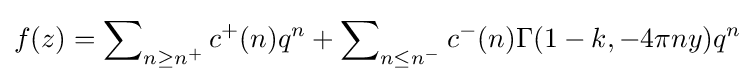
f(z)=\sum \nolimits _{n\geq n^{+}}c^{+}(n)q^{n}+\sum \nolimits _{n\leq n^{-}}c^{-}(n)\Gamma (1-k,-4\pi ny)q^{n}